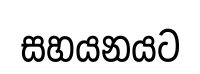
සහයනයට